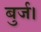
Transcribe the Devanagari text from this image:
बुर्ज।